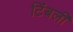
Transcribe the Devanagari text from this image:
टिंबली